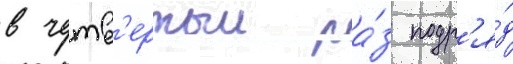
в четв'ертыи ра́з подр'я́д